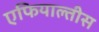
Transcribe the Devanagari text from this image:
एफियाल्तीस